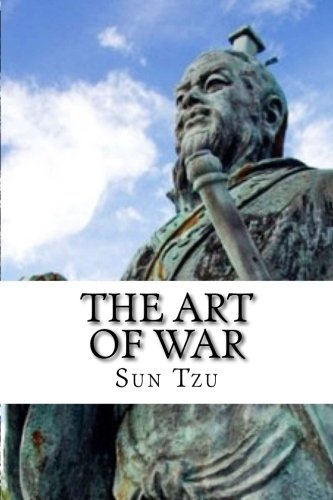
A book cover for The Art Of War; Sun Tzu; History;